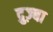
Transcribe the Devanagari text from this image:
द्रुज़्बा